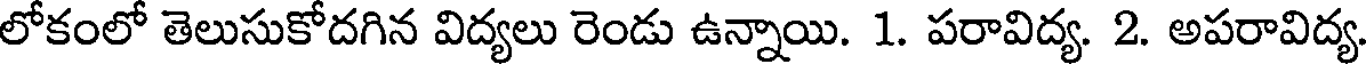
లోకంలో తెలుసుకోదగిన విద్యలు రెండు ఉన్నాయి. 1. పరావిద్య. 2. అపరావిద్య